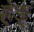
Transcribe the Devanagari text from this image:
हंङ्